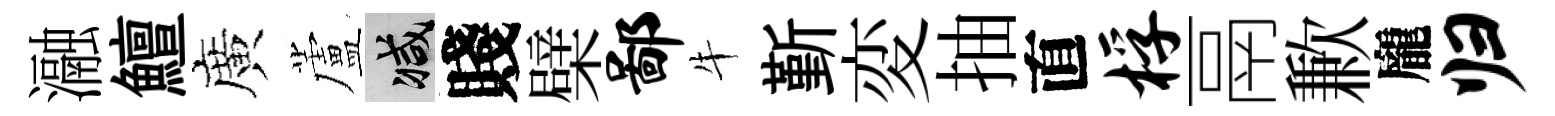
瀜鱣廣蘆减賤檗鄙牛斳変抽直桴鬲歉龐归